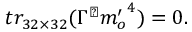
t r _ { 3 2 \times 3 2 } ( \Gamma ^ { \sharp } { m _ { o } ^ { \prime } } ^ { 4 } ) = 0 .